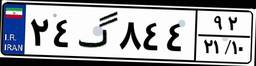
۲۴گ۸۴۴۹۲